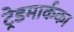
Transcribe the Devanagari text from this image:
ट्रेडमार्कका